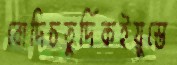
বোদিচতুর্দিকইয়ুস্তে